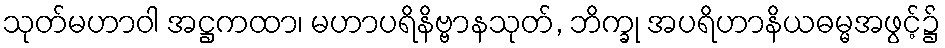
သုတ်မဟာဝါ အဋ္ဌကထာ၊ မဟာပရိနိဗ္ဗာနသုတ်, ဘိက္ခု အပရိဟာနိယဓမ္မအဖွင့်၌